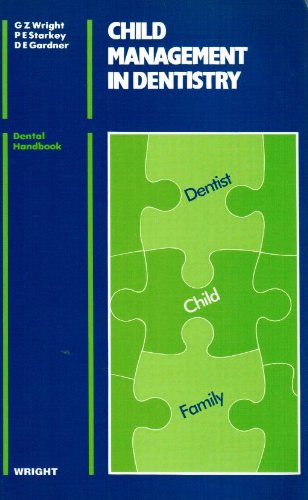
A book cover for Child Management in Dentistry (Dental Practitioner Handbook); G. Z. Wright; Medical Books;